Civil Veterinary Department. Madras. Admin. report 1910-25 - 1910-1925
Year: 1910
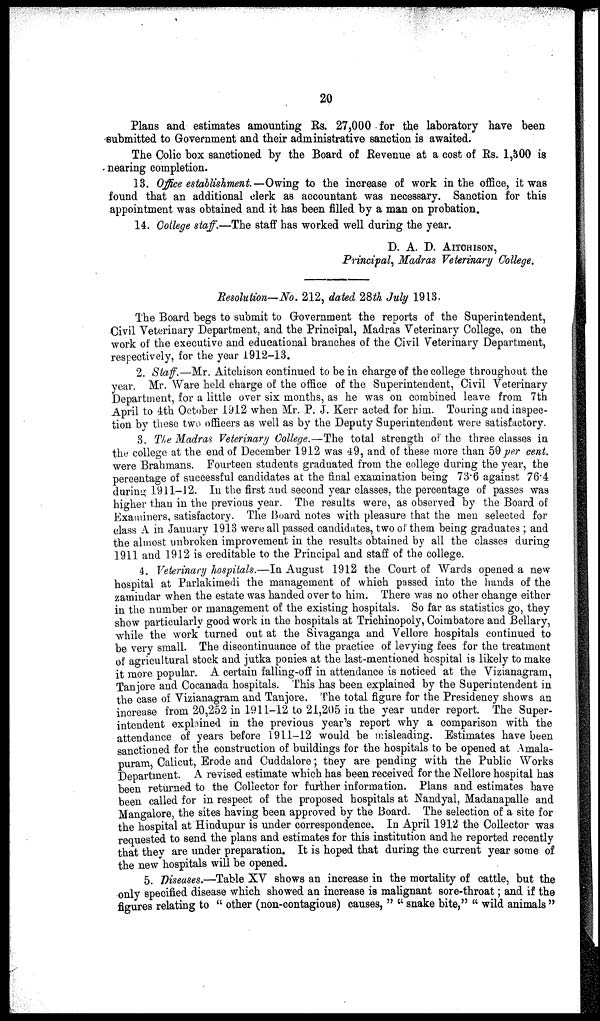
20
Plans and estimates amounting Rs. 27,000 for the laboratory have been
-submitted to Government and their administrative sanction is awaited.
The Colic box sanctioned by the Board of Revenue at a cost of Rs. 1,300 is
nearing completion.
13. Office establishment—Owing to the increase of work in the office, it was
found that an additional clerk as accountant was necessary. Sanction for this
appointment was obtained and it has been filled by a man on probation.
14. College staff.—The staff has worked well during the year.
D. A. D. AITCHISON,
Principal, Madras Veterinary College.
Resolution—No. 212, dated 28th July 1913.
The Board begs to submit to Government the reports of the Superintendent,
Civil Veterinary Department, and the Principal, Madras Veterinary College, on the
work of the executive and educational branches of the Civil Veterinary Department,
respectively, for the year 1912-13.
2. Staff.—Mr. Aitchison continued to be in charge of the college throughout the
year. Mr. Ware held charge of the office of the Superintendent, Civil Veterinary
Department, for a little over six months, as he was on combined leave from 7th
April to 4th October 1912 when Mr. P. J. Kerr acted for him. Touring and inspec-
tion by these two officers as well as by the Deputy Superintendent were satisfactory.
3. The Madras Veterinary College.—The total strength of the three classes in
the college at the end of December 1912 was 49, and of these more than 50 per cent.
were Brahmans. Fourteen students graduated from the college during the year, the
percentage of successful candidates at the final examination being 73.6 against 76.4
during 1911-12. In the first and second year classes, the percentage of passes was
higher than in the previous year. The results were, as observed by the Board of
Examiners, satisfactory. The Board notes with pleasure that the men selected for
class A in January 1913 were all passed candidates, two of them being graduates; and
the almost unbroken improvement in the results obtained by all the classes during
1911 and 1912 is creditable to the Principal and staff of the college.
4. Veterinary hospitals.—In August 1912 the Court of Wards opened a new
hospital at Parlakimedi the management of which passed into the hands of the
zamindar when the estate was handed over to him. There was no other change either
in the number or management of the existing hospitals. So far as statistics go, they
show particularly good work in the hospitals at Trichinopoly, Coimbatore and Bellary,
while the work turned out at the Sivaganga and Vellore hospitals continued to
be very small. The discontinuance of the practice of levying fees for the treatment
of agricultural stock and jutka ponies at the last-mentioned hospital is likely to make
it more popular. A certain falling-off in attendance is noticed at the Vizianagram,
Tanjore and Cocanada hospitals. This has been explained by the Superintendent in
the case of Vizianagram and Tanjore. The total figure for the Presidency shows an
increase from 20,252 in 1911-12 to 21,205 in the year under report. The Super-
intendent explained in the previous year's report why a comparison with the
attendance of years before 1911-12 would be misleading. Estimates have been
sanctioned for the construction of buildings for the hospitals to be opened at Amala-
puram, Calicut, Erode and Cuddalore; they are pending with the Public Works
Department. A revised estimate which has been received for the Nellore hospital has
been returned to the Collector for further information. Plans and estimates have
been called for in respect of the proposed hospitals at Nandyal, Madanapalle and
Mangalore, the sites having been approved by the Board. The selection of a site for
the hospital at Hindupur is under correspondence. In April 1912 the Collector was
requested to send the plans and estimates for this institution and he reported recently
that they are under preparation. It is hoped that during the current year some of
the new hospitals will be opened.
5. Diseases.—Table XV shows an increase in the mortality of cattle, but the
only specified disease which showed an increase is malignant sore-throat; and if the
figures relating to "other (non-contagious) causes," "snake bite," " wild animals"